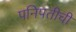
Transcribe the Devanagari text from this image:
पनिपतीची